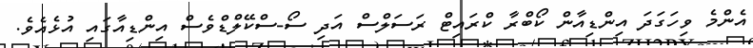
އެންމެ ވިހަގަދަ އިންޑިއާން ކޯބްރާ ކްރައިޓް ރަސަލްސް އަދި ސޯ-ސްކޭލްޑްވެސް އިންޑިއާގައި އުޅެއެވެ.